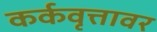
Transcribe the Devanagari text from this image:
कर्कवृत्तावर